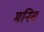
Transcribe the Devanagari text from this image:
मनिस